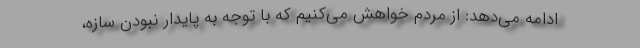
ادامه می‌دهد: از مردم خواهش می‌کنیم که با توجه به پایدار نبودن سازه،